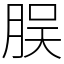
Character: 脵